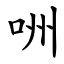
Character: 㖄